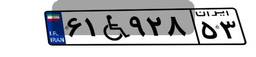
۶۱W۹۲۸۵۳